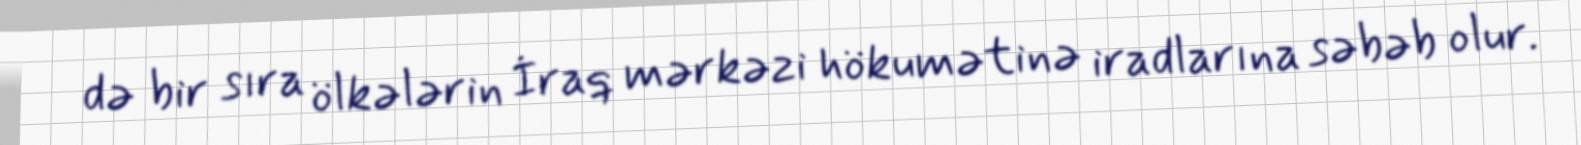
də bir sıra ölkələrin İraq mərkəzi hökumətinə iradlarına səbəb olur.